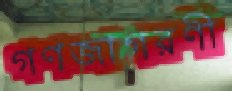
গণজাগরণী